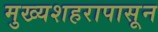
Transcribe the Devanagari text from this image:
मुख्यशहरापासून